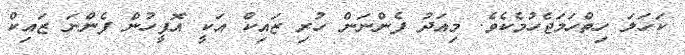
ކަހަލަ ހިތްހަމަޖެހުމެކެވެ. މިއަދު ފެންނަން ހުރި ޒައިކް އަކީ އޮފީހުން ފެންނަ ޒައިކް